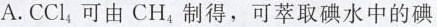
A.CCl_{4}，可由CH_{4}制得，可萃取碘水中的碘